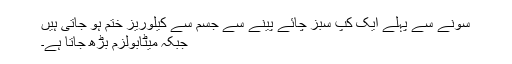
سونے سے پہلے ایک کپ سبز چائے پینے سے جسم سے کیلوریز ختم ہو جاتی ہیں
جبکہ میٹابولزم بڑھ جاتا ہے۔